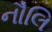
નૌલિ